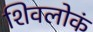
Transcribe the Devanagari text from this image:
शिवलोकं